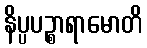
နိပ္ပပဉ္စာရာမောတိ